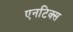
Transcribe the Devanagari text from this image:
एनटिक्स